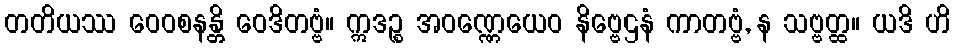
တတိယဿ ဝေဝစနန္တိ ဝေဒိတဗ္ဗံ။ ဣဒဉ္စ အဝဏ္ဏေယေဝ နိဗ္ဗေဌနံ ကာတဗ္ဗံ, န သဗ္ဗတ္ထ။ ယဒိ ဟိ